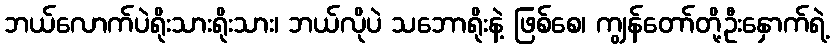
ဘယ်လောက်ပဲရိုးသားရိုးသား၊ ဘယ်လိုပဲ သဘောရိုးနဲ့ ဖြစ်စေ၊ ကျွန်တော်တို့ဦးနှောက်ရဲ့